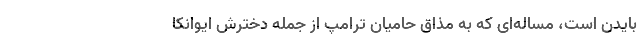
بایدن است، مساله‌ای که به مذاق حامیان ترامپ از جمله دخترش ایوانکا